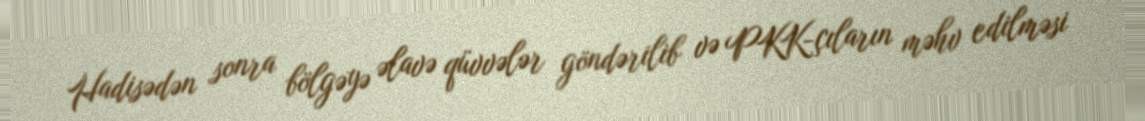
Hadisədən sonra bölgəyə əlavə qüvvələr göndərilib və PKK-çıların məhv edilməsi